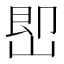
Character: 𡷦